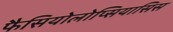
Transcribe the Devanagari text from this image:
फैसियोलोप्सियासिस